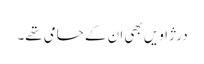
درژاویں بھی ان کے حامی تھے۔